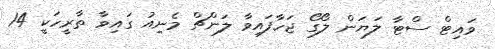
ވައިޓް ސްޓާ ލަޔަން ލޯގޯ ޖަހާފައިވާ ލަންޗް މެނިއު ގައިވާ ތާރީހަކީ 14